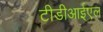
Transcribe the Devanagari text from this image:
टीडीआईएल